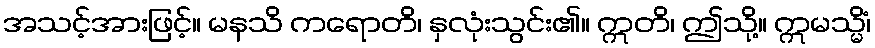
အသင့်အားဖြင့်။ မနသိ ကရောတိ၊ နှလုံးသွင်း၏။ ဣတိ၊ ဤသို့။ ဣမသ္မိံ၊